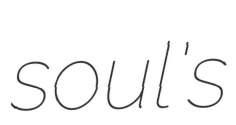
soul's